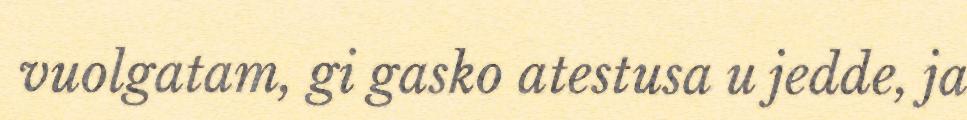
vuolgatam, gi gasko atestusa u jedde, ja